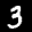
Label: 3